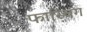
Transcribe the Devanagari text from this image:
फास्चिंग